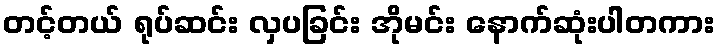
တင့်တယ် ရုပ်ဆင်း လှပခြင်း အိုမင်း နောက်ဆုံးပါတကား